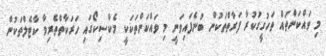
މި ވައްކަންތައް ތަހުގީގުކުރާ ފަރާތްތަކުން ބުނެފައިވަނީ މި ވައްކަންތަކަކީ މެކްސިކޯގައި ހަރަކާތްތެރިވާ ކާޓެލްތަކުން